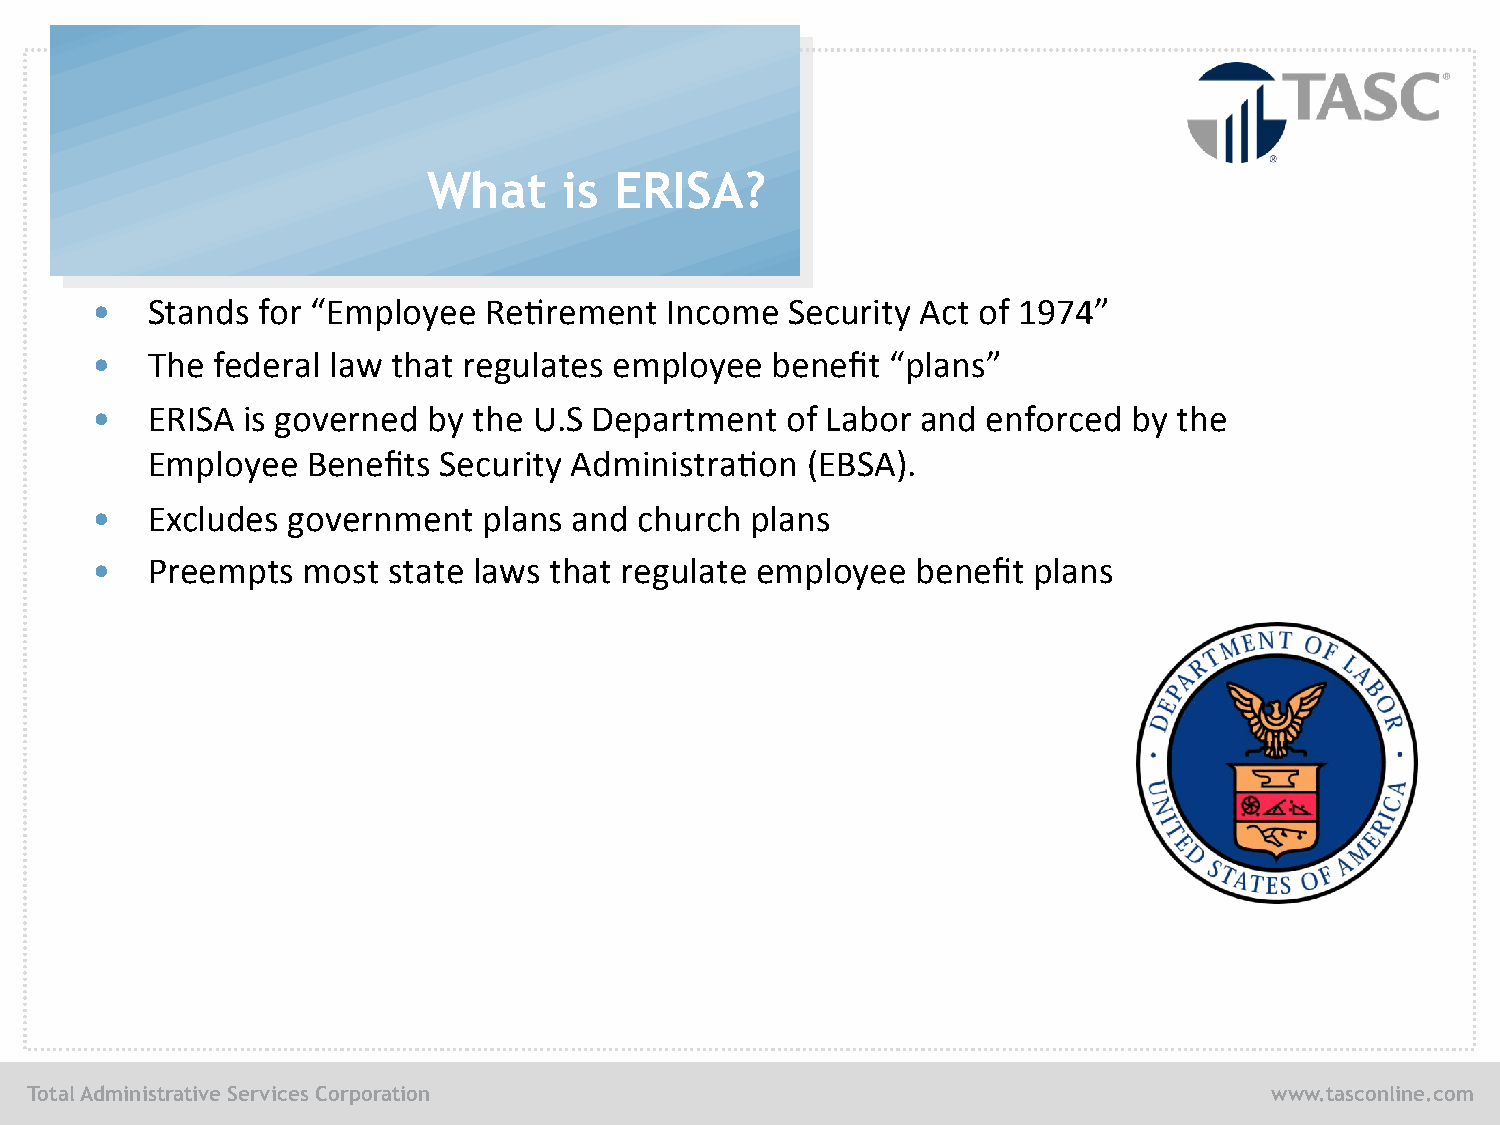
What     is  ERISA?
 •   Stands for “Employee  Re/rement   Income  Security Act of 1974”
 •   The federal law that regulates employee  benefit “plans”
 •   ERISA is governed by the U.S Department   of Labor and enforced  by the
 Employee  Benefits Security Administra/on  (EBSA).
 •   Excludes government   plans and church  plans
 •   Preempts  most  state laws that regulate employee  benefit plans
 Total Administrative Services Corporation                                         www.tasconline.com